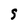
Character: S